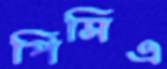
পিসিএ